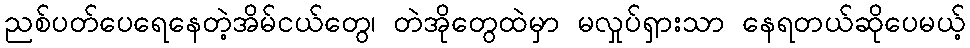
ညစ်ပတ်ပေရေနေတဲ့အိမ်ငယ်တွေ၊ တဲအိုတွေထဲမှာ မလှုပ်ရှားသာ နေရတယ်ဆိုပေမယ့်